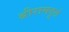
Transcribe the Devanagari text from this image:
श्रीरामदूतं